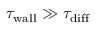
\tau _ { \mathrm { w a l l } } \gg \tau _ { \mathrm { d i f f } }